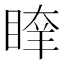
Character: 𥈖